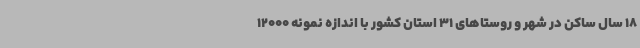
18 سال ساکن در شهر و روستاهای 31 استان کشور با اندازه نمونه 12000